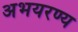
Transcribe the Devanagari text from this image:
अभयरण्य